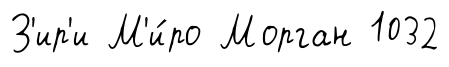
З'ир'и М'и́ро Морган 1032